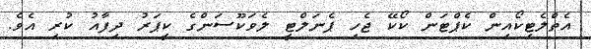
އެތްލެޓިކޯއިން ކެޕްޓަން ކޯކޭ ޖެހި ޕެނަލްޓީ ލެވަކޫސަންގެ ކީޕަރު ދިފާއު ކުރި އެވެ.